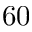
6 0